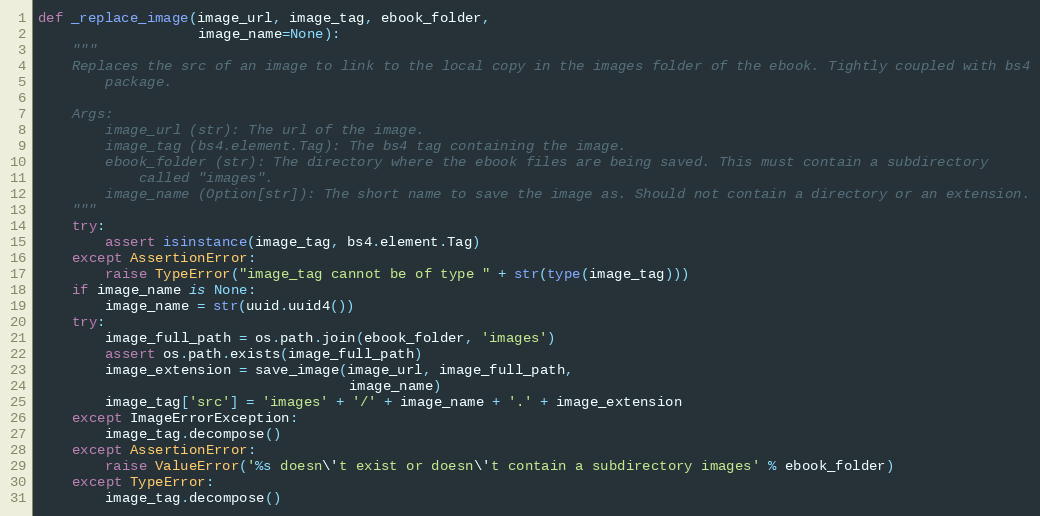
Language: Python
def _replace_image(image_url, image_tag, ebook_folder,
                   image_name=None):
    """
    Replaces the src of an image to link to the local copy in the images folder of the ebook. Tightly coupled with bs4
        package.

    Args:
        image_url (str): The url of the image.
        image_tag (bs4.element.Tag): The bs4 tag containing the image.
        ebook_folder (str): The directory where the ebook files are being saved. This must contain a subdirectory
            called "images".
        image_name (Option[str]): The short name to save the image as. Should not contain a directory or an extension.
    """
    try:
        assert isinstance(image_tag, bs4.element.Tag)
    except AssertionError:
        raise TypeError("image_tag cannot be of type " + str(type(image_tag)))
    if image_name is None:
        image_name = str(uuid.uuid4())
    try:
        image_full_path = os.path.join(ebook_folder, 'images')
        assert os.path.exists(image_full_path)
        image_extension = save_image(image_url, image_full_path,
                                     image_name)
        image_tag['src'] = 'images' + '/' + image_name + '.' + image_extension
    except ImageErrorException:
        image_tag.decompose()
    except AssertionError:
        raise ValueError('%s doesn\'t exist or doesn\'t contain a subdirectory images' % ebook_folder)
    except TypeError:
        image_tag.decompose()